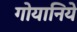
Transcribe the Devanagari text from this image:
गोयानिये